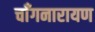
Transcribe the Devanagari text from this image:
चाँगनारायण